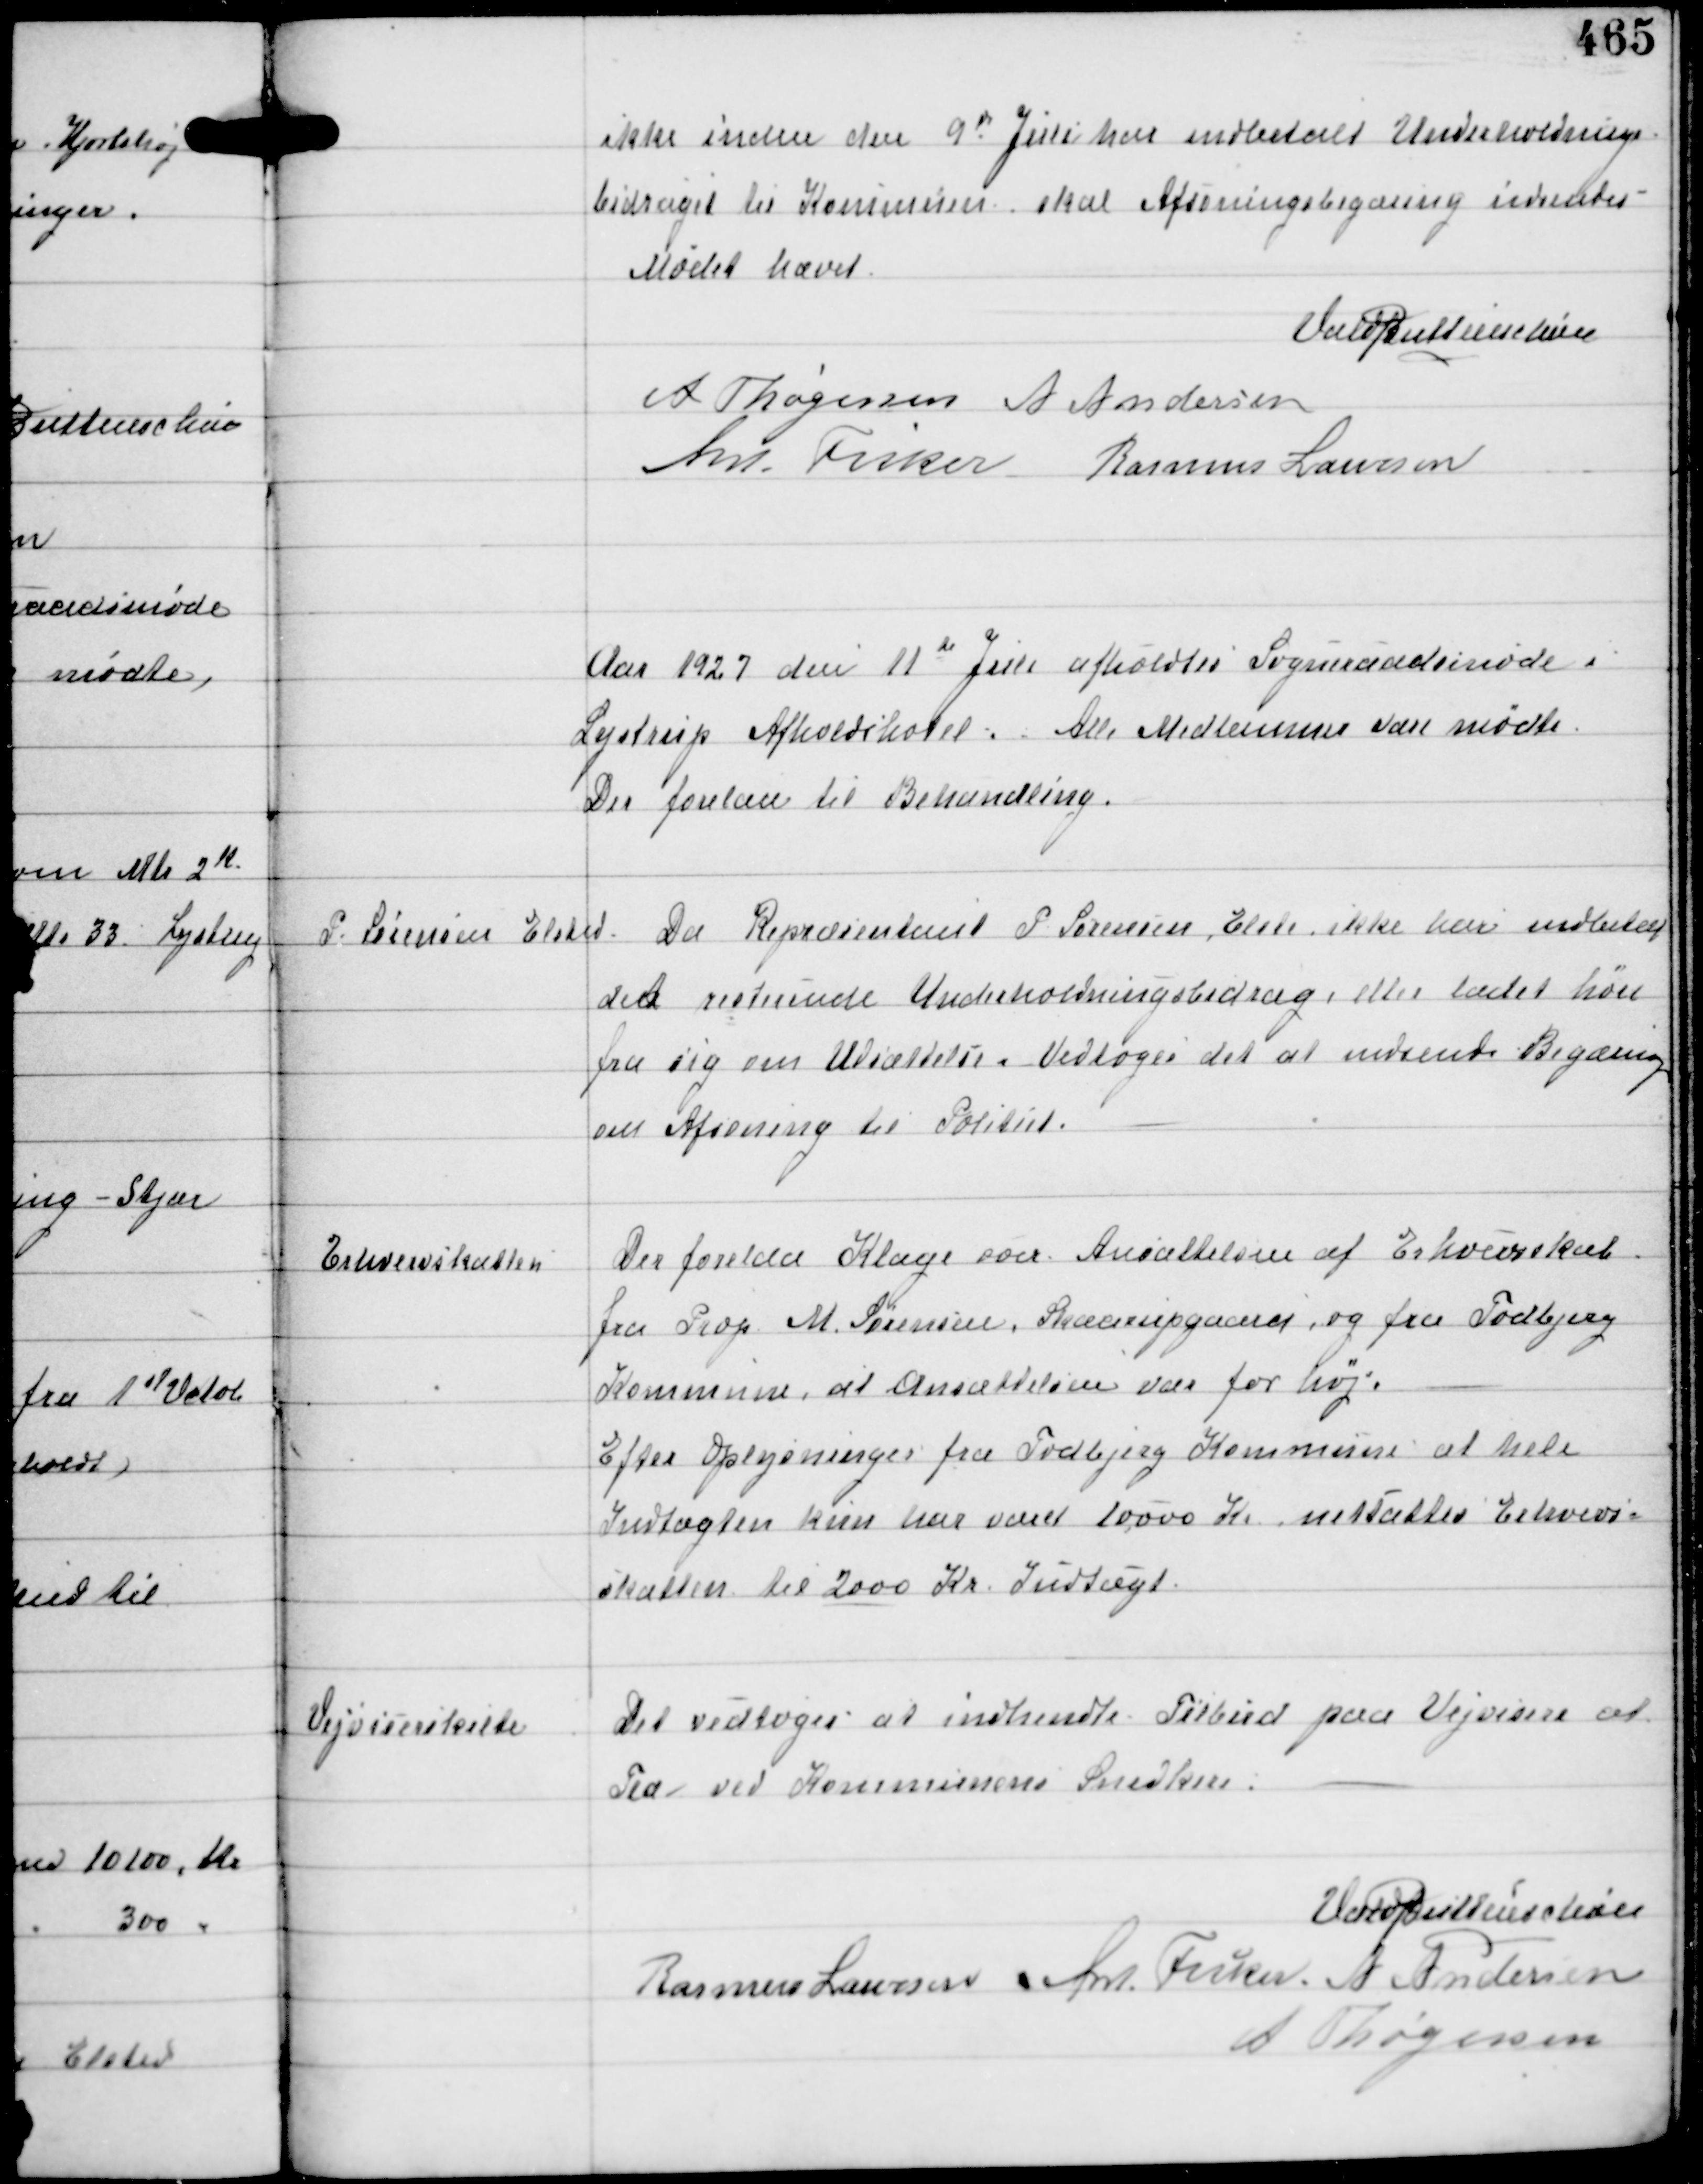
Transskription:
ikke inden den 9d Juli har indbetalt Underholdnings-
bidraget til Kommunen skal Afsoningsbegæring indsendes.

Mødet hævet
Vald Buttenschøn
A Thøgersen A Andersen
Ant Fisker Rasmus Laursen

Aar 1927 den 11de Juli afholdtes Sogneraadsmøde i
Lystrup Afholdshotel. Alle Medlemmer vare mødte.
Der forelaa til Behandling.

P. Sørensen Elsted

Da Repræsentant P Sørensen, Elste ikke har indbetalt
det resterende Underholdningsbidrag eller ladet høre
fra sig om Udsættelse. Vedtoges det at indsende Begæring
om Afsoning til Politiet.

Erhvervskatten

Der forelaa Klager over Ansættelsen af Erhvervskat
fra Prop M. Sørensen, Skaarupgaard og fra Todbjerg
Kommune, at Ansættelsen var for høj.
Efter Oplysninger fra Todbjerg Kommune at hele
Indtægten kun har været 10000 Kr nedsattes Erhvers-
skatten til 2000 Kr Indtægt.

Vejviserskilte

Det vedtoges at indhendte Tilbud paa Vejvisere af
Træ ved Kommunens Snedkere.

Vald Buttenschøn
Rasmus Laursen Ant Fisker A Andersen
A Thøgersen